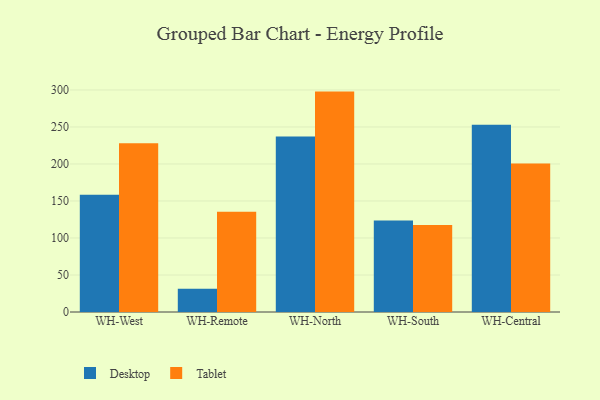
{"axis": {"x": "Warehouse", "y": "Humidity (%)"}, "legend": ["Desktop", "Tablet"], "data": [{"x": "WH-West", "y": 158.4, "type": "Desktop"}, {"x": "WH-West", "y": 228.0, "type": "Tablet"}, {"x": "WH-Remote", "y": 31.5, "type": "Desktop"}, {"x": "WH-Remote", "y": 135.4, "type": "Tablet"}, {"x": "WH-North", "y": 237.2, "type": "Desktop"}, {"x": "WH-North", "y": 297.8, "type": "Tablet"}, {"x": "WH-South", "y": 123.6, "type": "Desktop"}, {"x": "WH-South", "y": 117.5, "type": "Tablet"}, {"x": "WH-Central", "y": 252.9, "type": "Desktop"}, {"x": "WH-Central", "y": 200.5, "type": "Tablet"}]}